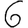
Digit: 6